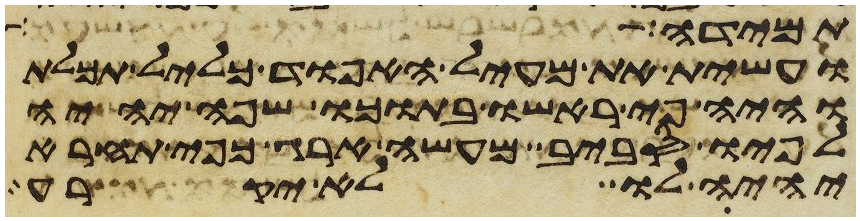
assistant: אבדה וכחש בה ונשבע על שקר
ועשית את מעיל האפוד כליל תכלת
והיה פי ראשו בתוכו שפה יהיה
לפיו סביב מעשה ארג כפי תחרא
יהיה לו לא יקרע